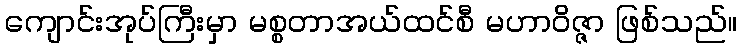
ကျောင်းအုပ်ကြီးမှာ မစ္စတာအယ်ထင်စီ မဟာဝိဇ္ဇာ ဖြစ်သည်။